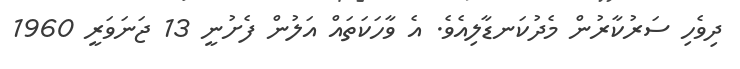
ދިވެހި ސަރުކާރުން މެދުކަނޑާލިއެވެ. އެ ވާހަކަތައް އަލުން ފެށުނީ 13 ޖަނަވަރީ 1960